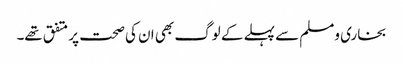
بخاری ومسلم سے پہلے کے لوگ بھی ان کی صحت پر متفق تھے۔